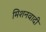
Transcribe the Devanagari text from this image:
मिशनवादी